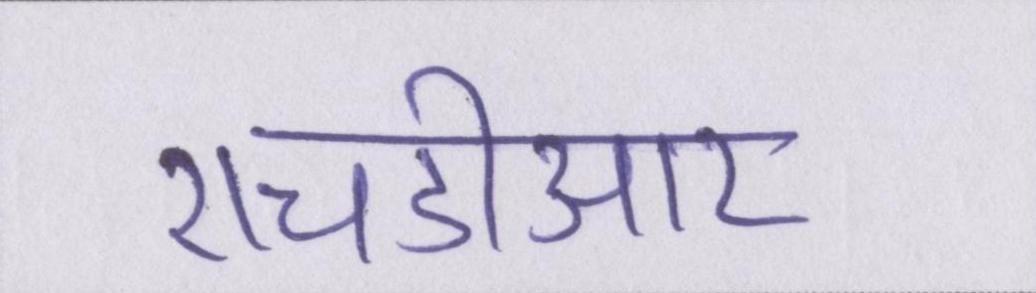
एचडीआर